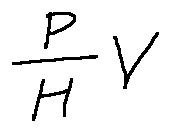
\frac { P } { H } V